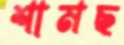
শামছ